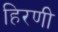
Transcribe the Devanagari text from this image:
हिरणी